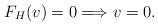
LaTeX: \begin{align*}F_H(v)=0\Longrightarrow v=0.\end{align*}